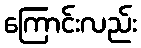
ကြောင်းလည်း